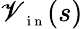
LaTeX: \mathscr{V}_{\mathrm{{~\scriptsize~i~n~}}}(s)